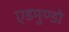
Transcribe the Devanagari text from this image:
एडमुण्डो